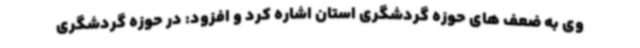
وی به ضعف های حوزه گردشگری استان اشاره کرد و افزود: در حوزه گردشگری